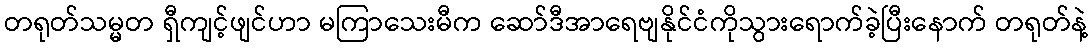
တရုတ်သမ္မတ ရှီကျင့်ဖျင်ဟာ မကြာသေးမီက ဆော်ဒီအာရေဗျနိုင်ငံကိုသွားရောက်ခဲ့ပြီးနောက် တရုတ်နဲ့